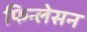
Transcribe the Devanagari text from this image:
फिन्लेसन